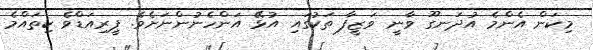
މިކަން އެންމެ އުދަނގޫ ވާނީ ވަޒީފާ ތަކުގައި އުޅޭ އަންހެނުންނަށެވެ. ޕީރިއަޑްވެ ކިތައްމެ